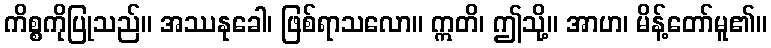
ကိစ္စကိုပြုသည်။ အဿနုခေါ၊ ဖြစ်ရာသလော။ ဣတိ၊ ဤသို့။ အာဟ၊ မိန့်တော်မူ၏။